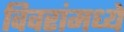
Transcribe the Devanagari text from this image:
विवरांमध्ये